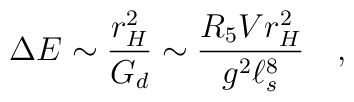
\Delta E \sim {\frac{r_H^2}{G_d}} \sim {\frac{R_5V r_H^2}{g^2\ell_s^8}} \quad ,